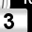
Digit: 3